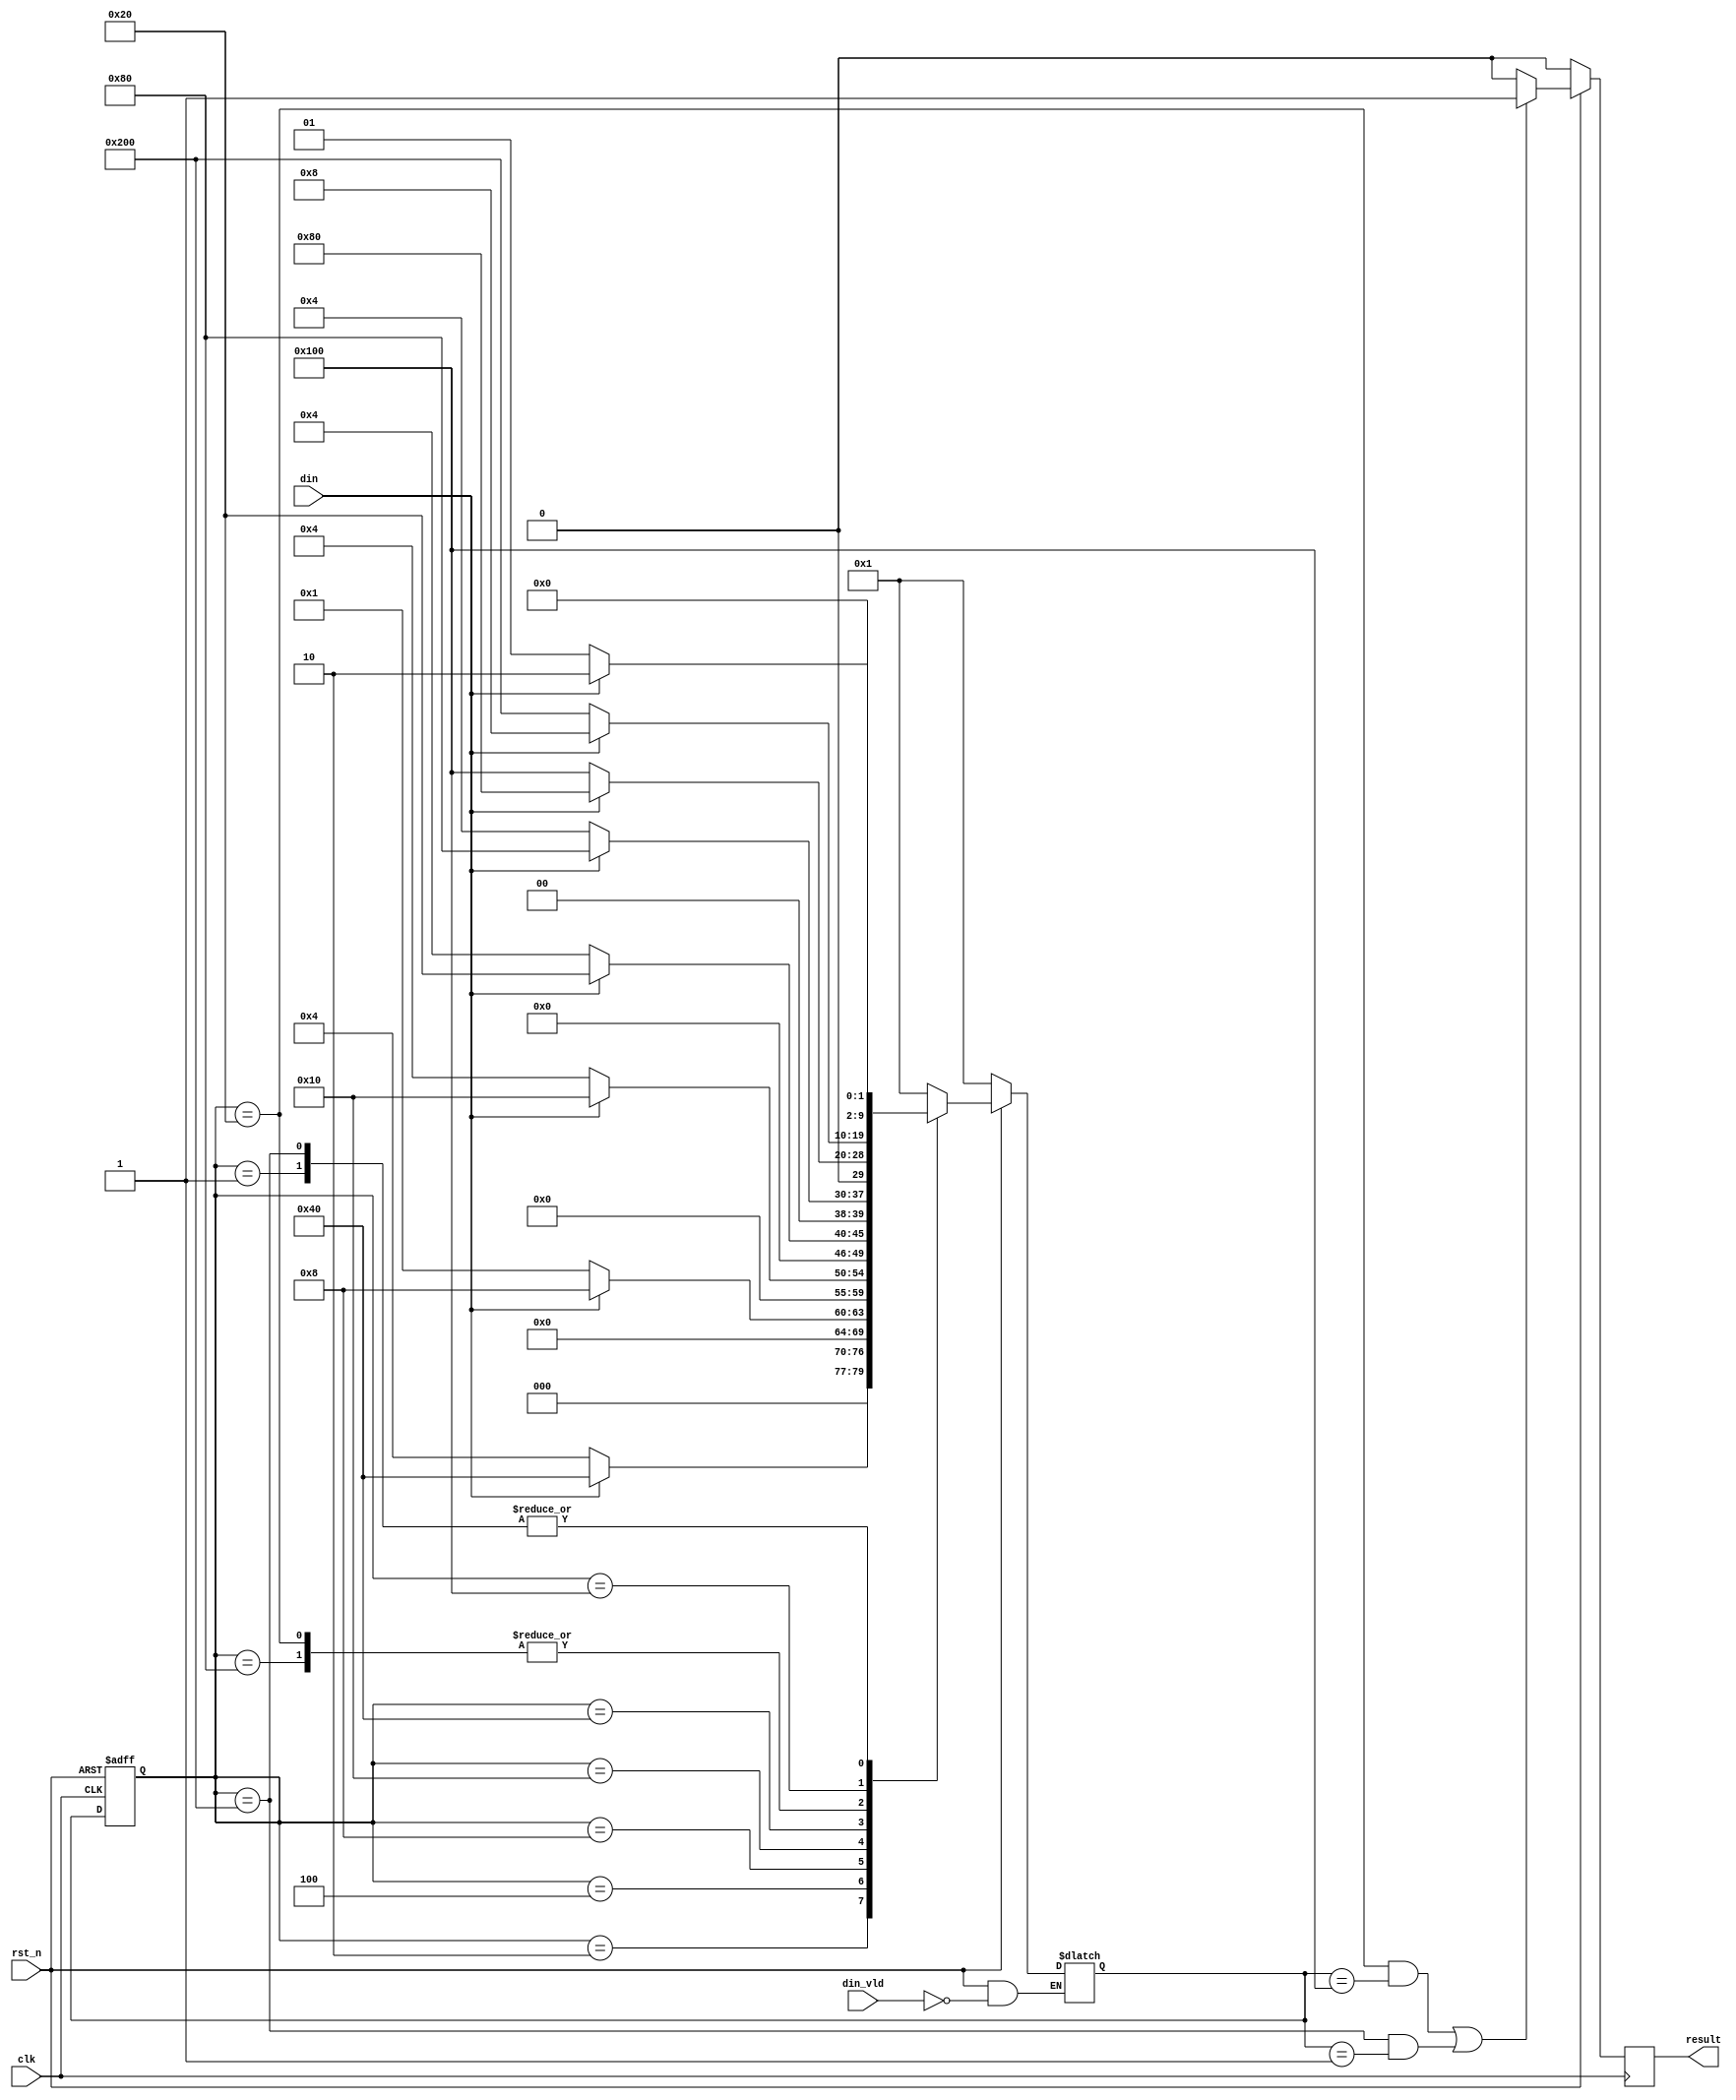
module seqdet (
    input           clk,
    input           rst_n,
    input           din_vld,
    input           din,
    output      reg result
);

parameter       IDLE = 10'b00_0000_0001;
parameter       S1   = 10'b00_0000_0010;
parameter       S2   = 10'b00_0000_0100;
parameter       S3   = 10'b00_0000_1000;
parameter       S4   = 10'b00_0001_0000;
parameter       S5   = 10'b00_0010_0000;
parameter       S6   = 10'b00_0100_0000;
parameter       S7   = 10'b00_1000_0000;
parameter       S8   = 10'b01_0000_0000;
parameter       S9   = 10'b10_0000_0000;

reg [9:0]   current_state;
reg [9:0]   next_state;

always @ ( posedge clk or negedge rst_n )
begin
    if( ~rst_n == 1'b1 )
    begin
        current_state <= IDLE;
    end
    else
    begin
        current_state <= next_state;
    end
end

// 
always @ ( * )
begin
    if( ~rst_n == 1'b1 )
    begin
        next_state <= IDLE;
    end
    else
    begin 
    if( din_vld == 1'b1 )
        begin
            case( current_state )
            IDLE:
            begin
                if( din == 1'b1 )
                    next_state <= S1;
                else
                    next_state <= IDLE;
            end
            S1:
            begin
                if( din == 1'b1 )
                    next_state <= S6;
                else
                    next_state <= S2;
            end
            S2:
            begin
                if( din == 1'b1 )
                    next_state <= S3;
                else
                    next_state <= IDLE;
            end
            S3:
            begin
                if( din == 1'b1 )
                    next_state <= S4;
                else
                    next_state <= S2;
            end
            S4:
            begin
                if( din == 1'b1 )
                    next_state <= S5;
                else
                    next_state <= S2;
            end
            S5:
            begin
                if( din == 1'b0 )
                    next_state <= S8;
                else
                    next_state <= S7;
            end
            S6:
            begin
                if( din == 1'b1 )
                    next_state <= S7;
                else
                    next_state <= S2;
            end
            S7:
            begin
                if( din == 1'b0 )
                    next_state <= S8;
                else
                    next_state <= S7;
            end
            S8:
            begin
                if( din == 1'b0 )
                    next_state <= S9;
                else
                    next_state <= S3; 
            end
            S9:
            begin
                if( din == 1'b0 )
                    next_state <= IDLE;
                else
                    next_state <= S1;
            end
            default:
            begin
                next_state <= IDLE;
            end
            endcase
          end
       else
        ;
      end
end

//S5->S8S9->IDLEresult1
always @ ( posedge clk )
begin
    if( ~rst_n == 1'b1 )
    begin
        result <= 1'b0;
    end
    else
    begin
        if(( current_state == S5 && next_state == S8 )||( current_state == S9 && next_state == IDLE ))
            result <= 1'b1;
        else
            result <= 1'b0;
    end
end

endmodule